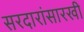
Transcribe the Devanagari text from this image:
सरदारांसारखी